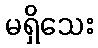
မရှိသေး